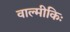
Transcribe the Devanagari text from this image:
वाल्मीकिः